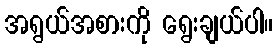
အရွယ်အစားကို ရွေးချယ်ပါ။